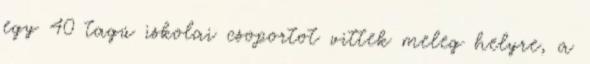
egy 40 tagú iskolai csoportot vittek meleg helyre, a